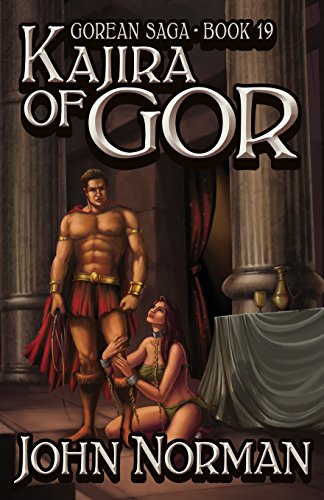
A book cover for Kajira of Gor (Gorean Saga); John Norman; Romance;